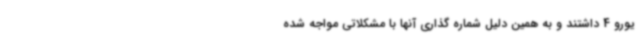
یورو 4 داشتند و به همین دلیل شماره گذاری آنها با مشکلاتی مواجه شده